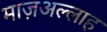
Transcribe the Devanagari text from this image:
माज़अल्लाह